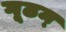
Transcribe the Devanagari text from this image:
गूढम्